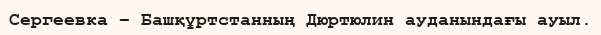
Сергеевка – Башқұртстанның Дюртюлин ауданындағы ауыл.